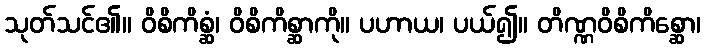
သုတ်သင်၏။ ဝိစိကိစ္ဆံ၊ ဝိစိကိစ္ဆာကို။ ပဟာယ၊ ပယ်၍။ တိဏ္ဏဝိစိကိစ္ဆော၊